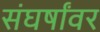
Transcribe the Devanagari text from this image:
संघर्षांवर